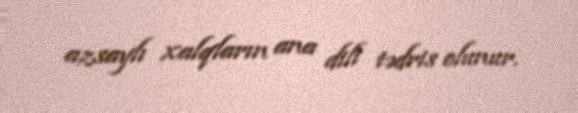
azsaylı xalqların ana dili tədris olunur.